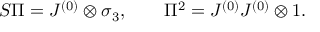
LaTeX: S \Pi = J ^ { ( 0 ) } \otimes \sigma _ { 3 } , \qquad \Pi ^ { 2 } = J ^ { ( 0 ) } J ^ { ( 0 ) } \otimes 1 .